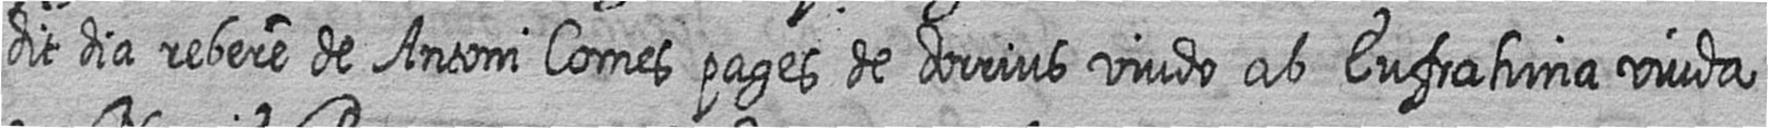
dit dia rebere de Antoni Comes pages de dorrius viudo ab Eufrahina viuda